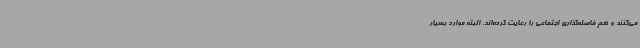
می‌کنند و هم فاصله‌گذاری اجتماعی را رعایت کرده‌اند. البته موارد بسیار